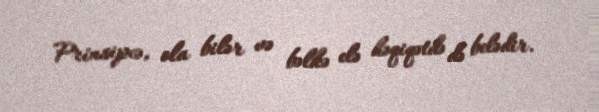
Prinsipcə, ola bilər və bəlkə elə həqiqətdə də belədir.